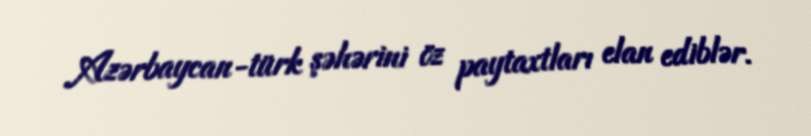
Azərbaycan-türk şəhərini öz paytaxtları elan ediblər.